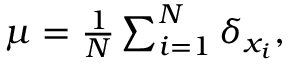
\begin{array} { r } { \mu = { \frac { 1 } { N } } \sum _ { i = 1 } ^ { N } \delta _ { x _ { i } } , } \end{array}